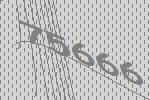
75666